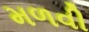
મળવી